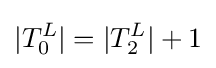
|T_{0}^{L}|=|T_{2}^{L}|+1